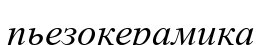
пьезокерамика